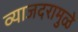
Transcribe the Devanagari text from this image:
व्याजदरामुळे